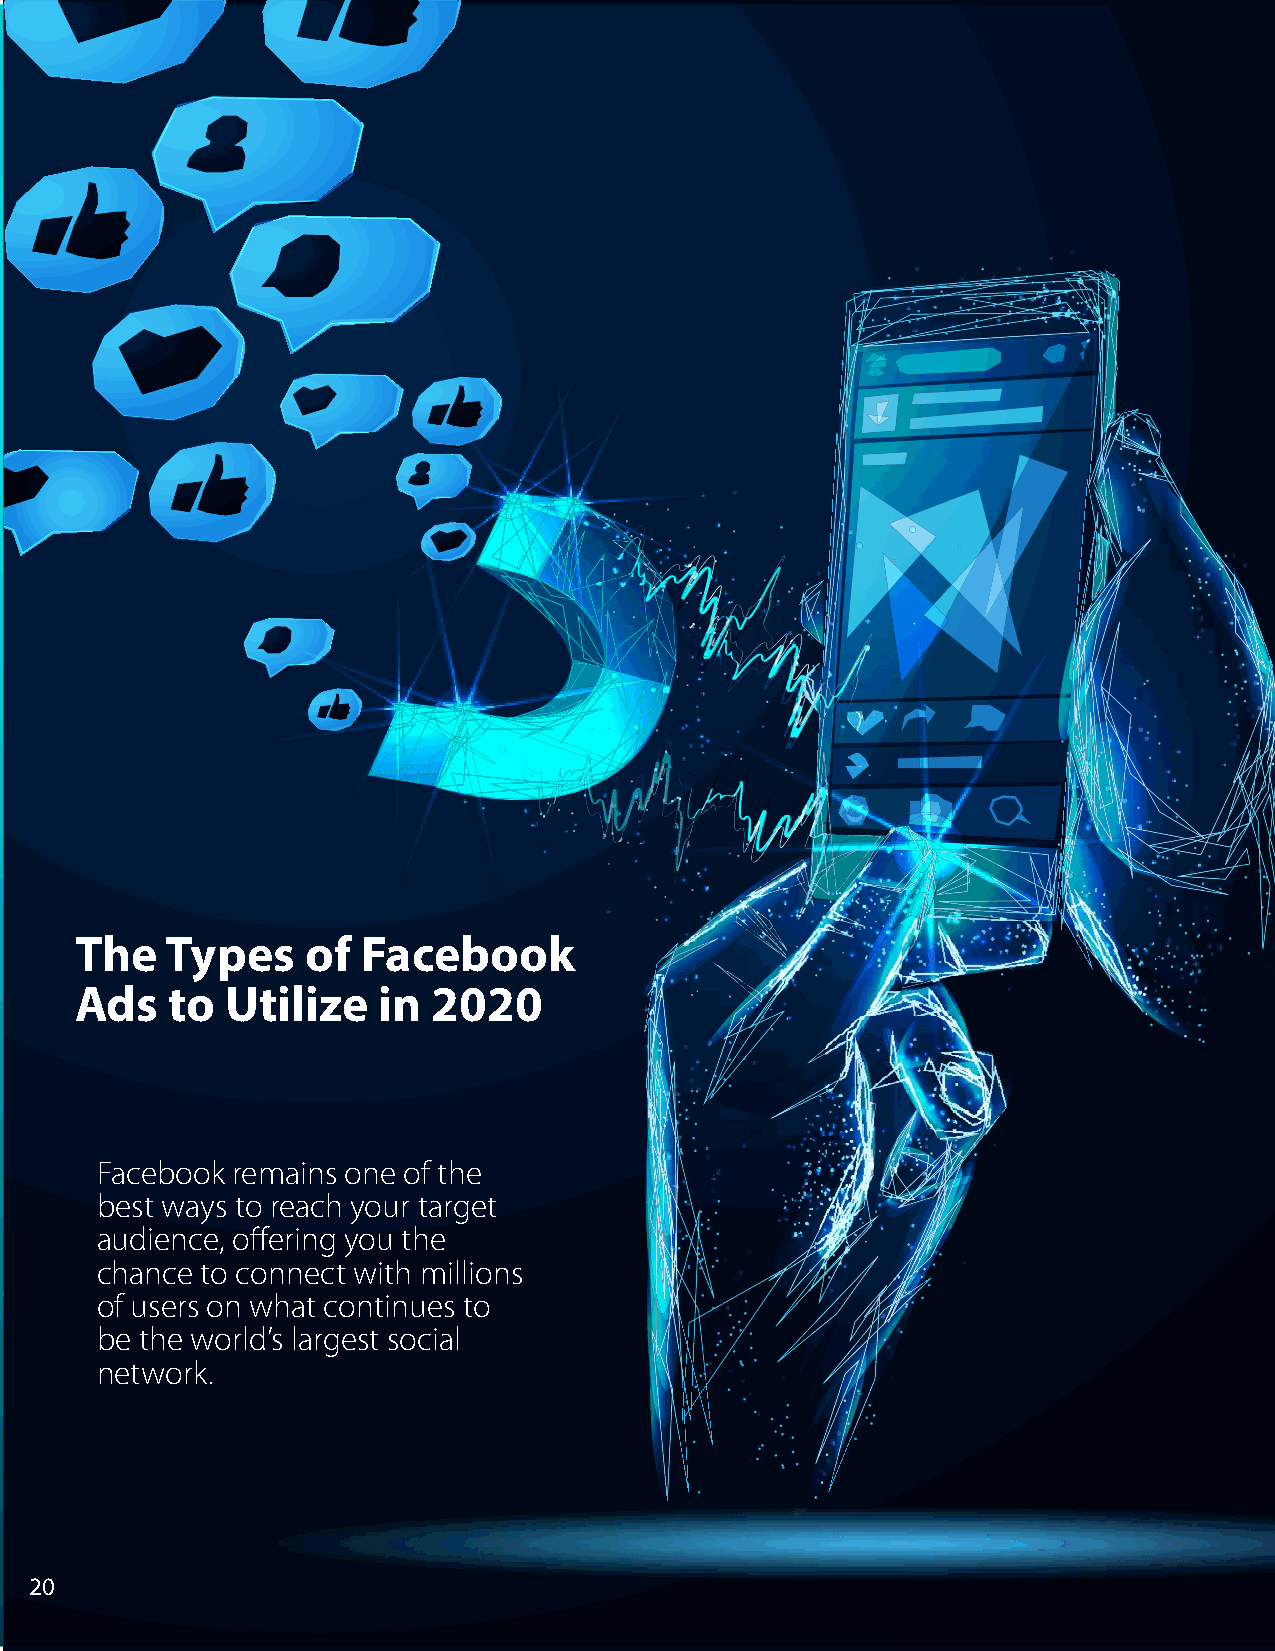
The   Types    of  Facebook
 Ads   to  Utilize   in  2020
 Facebook remains one of the
 best ways to reach your target
 audience, offering you the
 chance to connect with millions
 of users on what continues to
 be the world’s largest social
 network.
 20